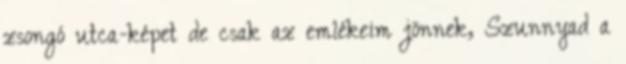
zsongó utca-képet de csak az emlékeim jönnek, Szunnyad a